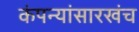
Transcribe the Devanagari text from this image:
कंपन्यांसारखंच